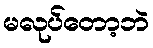
မလုပ်တော့ဘဲ